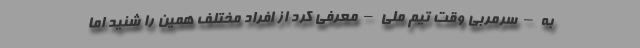
به – سرمربی وقت تیم ملی – معرفی کرد از افراد مختلف همین را شنید اما